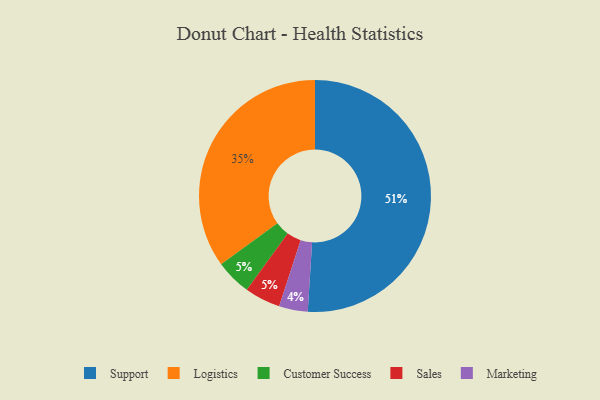
{"axis": {"x": "Category", "y": "Percentage"}, "legend": ["Customer Success", "Logistics", "Marketing", "Sales", "Support"], "data": [{"x": "Support", "y": 51, "type": "Support"}, {"x": "Logistics", "y": 35, "type": "Logistics"}, {"x": "Customer Success", "y": 5, "type": "Customer Success"}, {"x": "Sales", "y": 5, "type": "Sales"}, {"x": "Marketing", "y": 4, "type": "Marketing"}]}